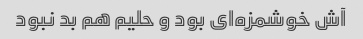
آش خوشمزه‌ای بود و حلیم هم بد نبود